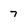
Character: 7